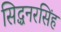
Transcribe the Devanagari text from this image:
सिद्धनरसिंह